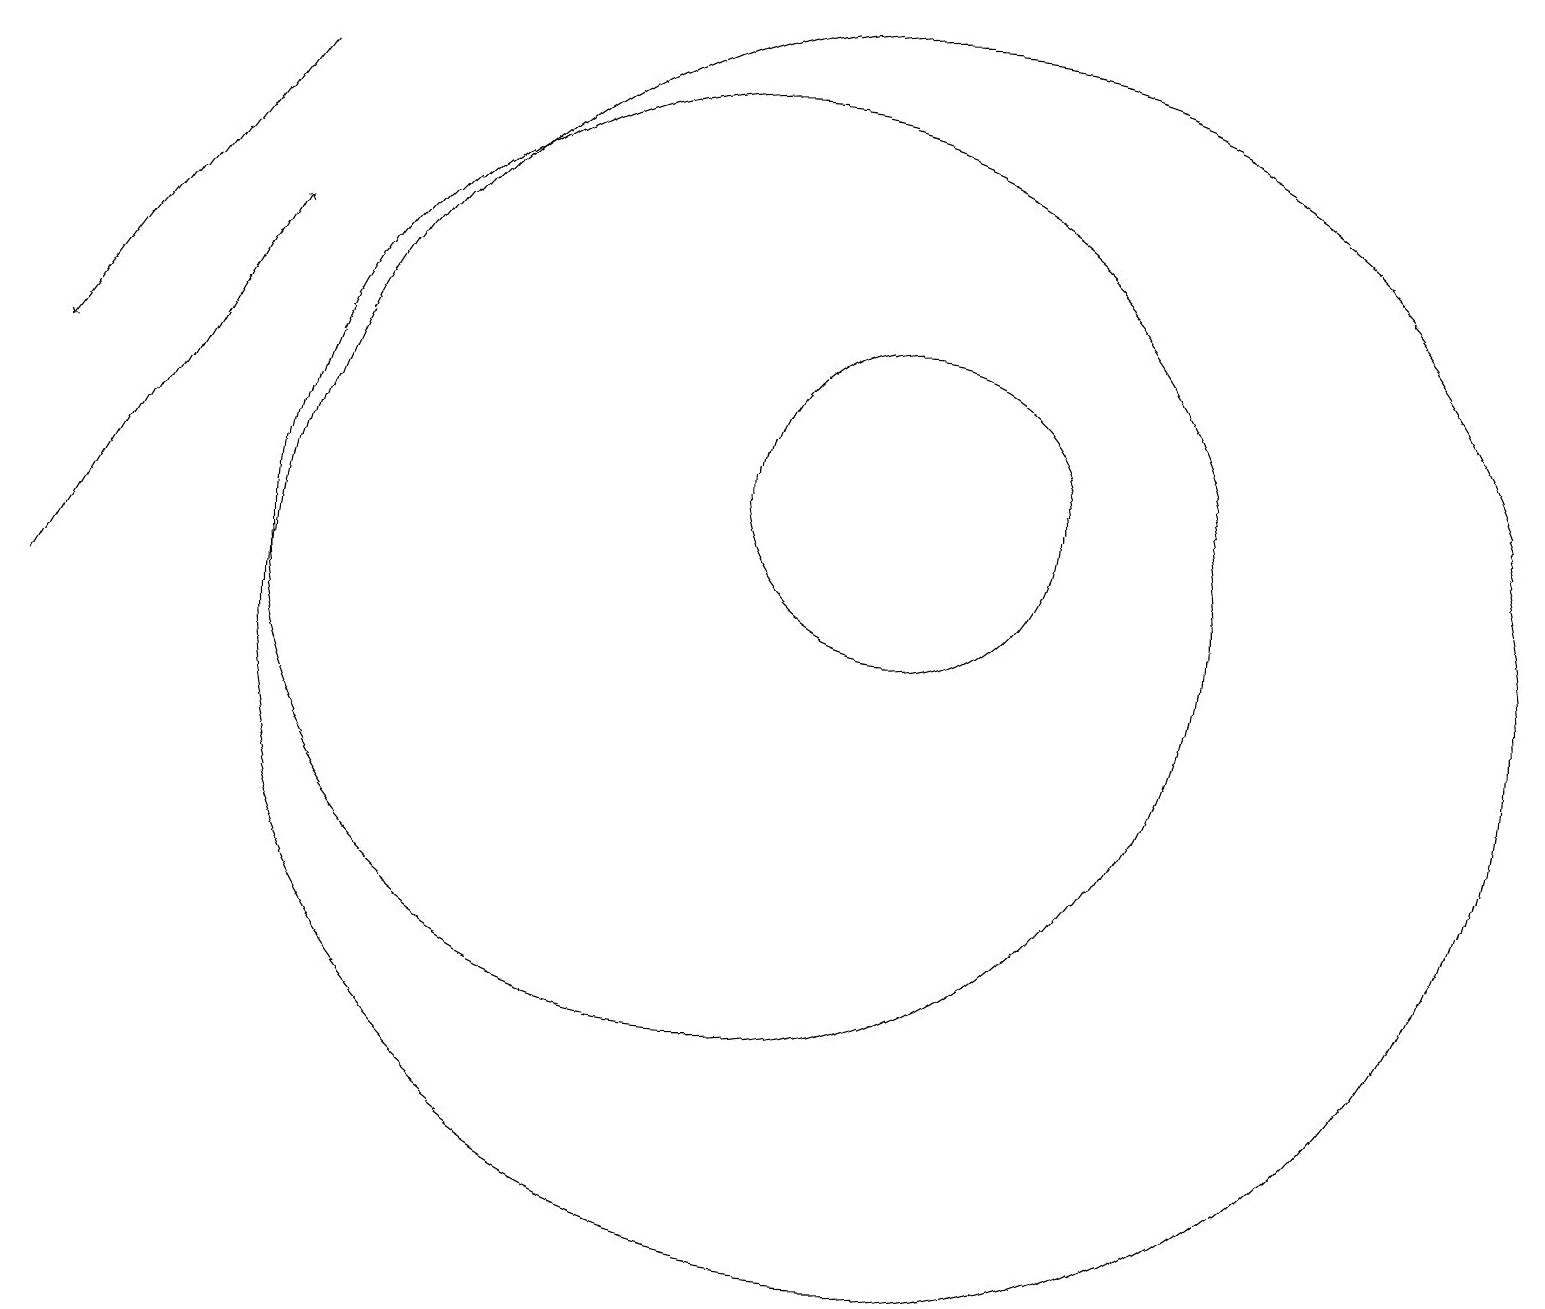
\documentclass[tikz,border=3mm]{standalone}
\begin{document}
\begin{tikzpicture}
\draw (10,11) circle (6);
\draw (12,10) circle (8);
\draw (12,12) circle (2);
\draw[->] (1,10) -- (4,15);
\draw[->] (4,17) -- (1,13);
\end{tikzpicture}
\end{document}